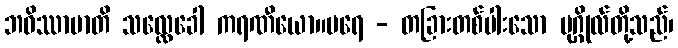
ဘဝိဿာမာတိ သလ္လေခေါ ကရဏီယော။ပရေ - တခြားတစ်ပါးသော ပုဂ္ဂိုလ်တို့သည်၊